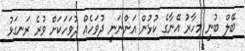
ބޭލް ބުނީ މިހާރު އޭނާގެ ކުޅުން އަންނަނީ ދުވަހެއް ދުވަހަކަށް ވުރެ ރަނގަޅު